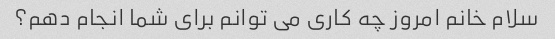
سلام خانم امروز چه کاری می توانم برای شما انجام دهم؟